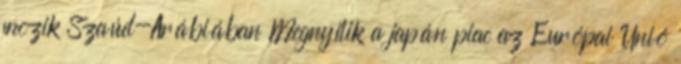
mozik Szaúd-Arábiában Megnyílik a japán piac az Európai Unió